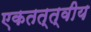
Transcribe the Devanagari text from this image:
एकतत्त्वीय